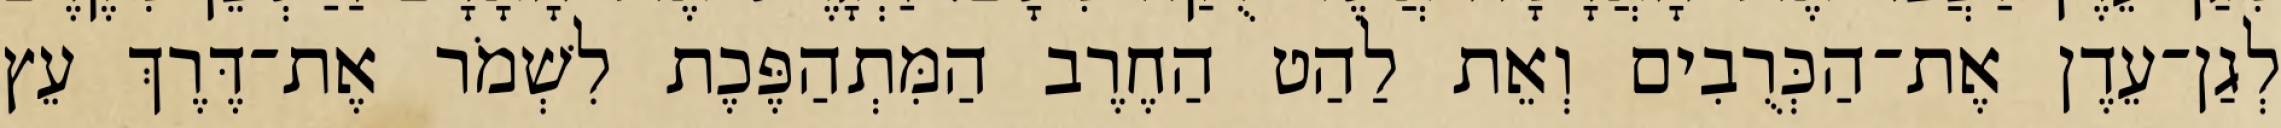
לְגַן־עֵדֶן אֶת־הַכְּרֻבִים וְאֵת לַהַט הַחֶרֶב הַמִּתְהַפֶּכֶת לִשְׁמֹר אֶת־דֶּרֶךְ עֵץ